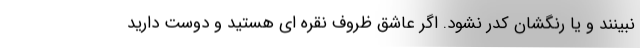
نبینند و یا رنگشان کدر نشود. اگر عاشق ظروف نقره ای هستید و دوست دارید